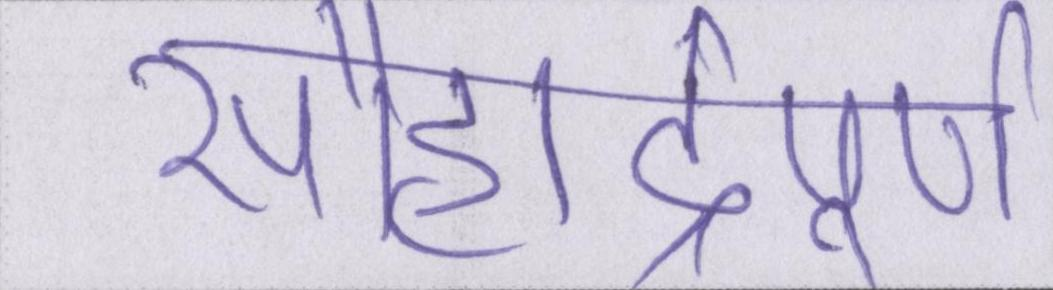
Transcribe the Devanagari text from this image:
सौहार्द्रपूर्ण